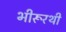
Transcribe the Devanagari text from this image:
भीरूरथी